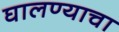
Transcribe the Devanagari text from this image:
घालण्‍याचा